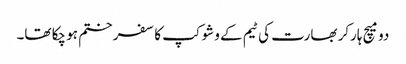
دو میچ ہارکر بھارت کی ٹیم کے وشوکپ کا سفر ختم ہو چکا تھا۔